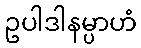
ဥပါဒါနမ္ပာဟံ